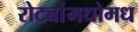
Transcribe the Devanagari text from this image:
रोट्यांमधोमध